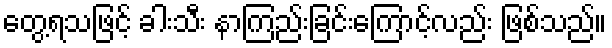
တွေ့ရသဖြင့် ခါးသီး နာကြည်းခြင်းကြောင့်လည်း ဖြစ်သည်။